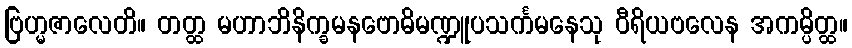
ဗြဟ္မဇာလေတိ။ တတ္ထ မဟာဘိနိက္ခမနဗောဓိမဏ္ဍူပသင်္ကမနေသု ဝီရိယဗလေန အကမ္ပိတ္ထ။